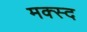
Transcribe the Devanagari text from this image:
मक्स्द